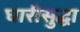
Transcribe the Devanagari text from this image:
घारीसुद्धा